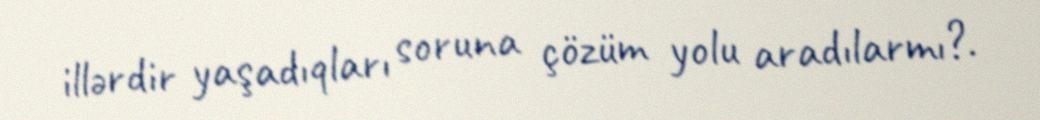
illərdir yaşadıqları soruna çözüm yolu aradılarmı?.